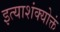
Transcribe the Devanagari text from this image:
इत्याशंक्योक्तं